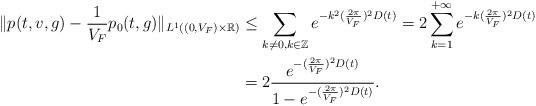
LaTeX: \begin{align*}\|p(t,v,g)-\frac{1}{V_F}p_0(t,g)\|_{L^1((0,V_F)\times\mathbb{R})}&\leq \sum_{k\neq 0,k\in\mathbb{Z}}e^{-k^2(\frac{2\pi}{V_F})^2D(t)}= 2\sum_{k=1}^{+\infty}e^{-k(\frac{2\pi}{V_F})^2D(t)}\\&=2\frac{e^{-(\frac{2\pi}{V_F})^2D(t)}}{1-e^{-(\frac{2\pi}{V_F})^2D(t)}}.\end{align*}